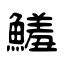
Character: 鱃